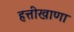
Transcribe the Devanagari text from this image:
हत्तीखाणा